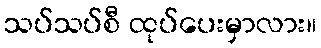
သပ်သပ်စီ ထုပ်ပေးမှာလား။